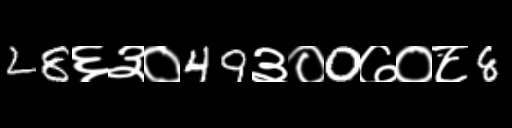
Text: 28६३०49३०0७०८8